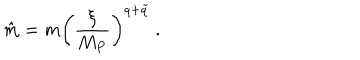
LaTeX: \hat { m } = m \left( { \frac { \xi } { M _ { P } } } \right) ^ { q + \tilde { q } } \ .